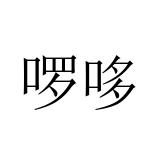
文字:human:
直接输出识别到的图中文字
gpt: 啰哆